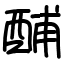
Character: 酺